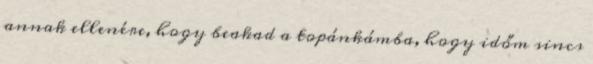
annak ellenére, hogy beakad a topánkámba, hogy időm sincs